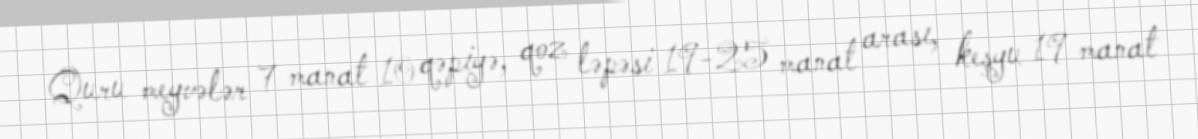
Quru meyvələr 7 manat 10 qəpiyə, qoz ləpəsi 19-25 manat arası, keşyu 19 manat